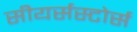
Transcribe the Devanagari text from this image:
सीयर्सस्‍टोर्स